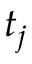
t _ { j }